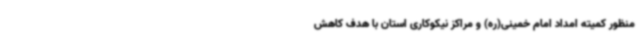
منظور کمیته امداد امام خمینی(ره) و مراکز نیکوکاری استان با هدف کاهش